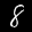
Label: 8